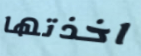
اخذتها